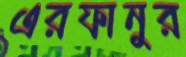
এরফানুর